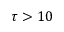
\tau > 1 0